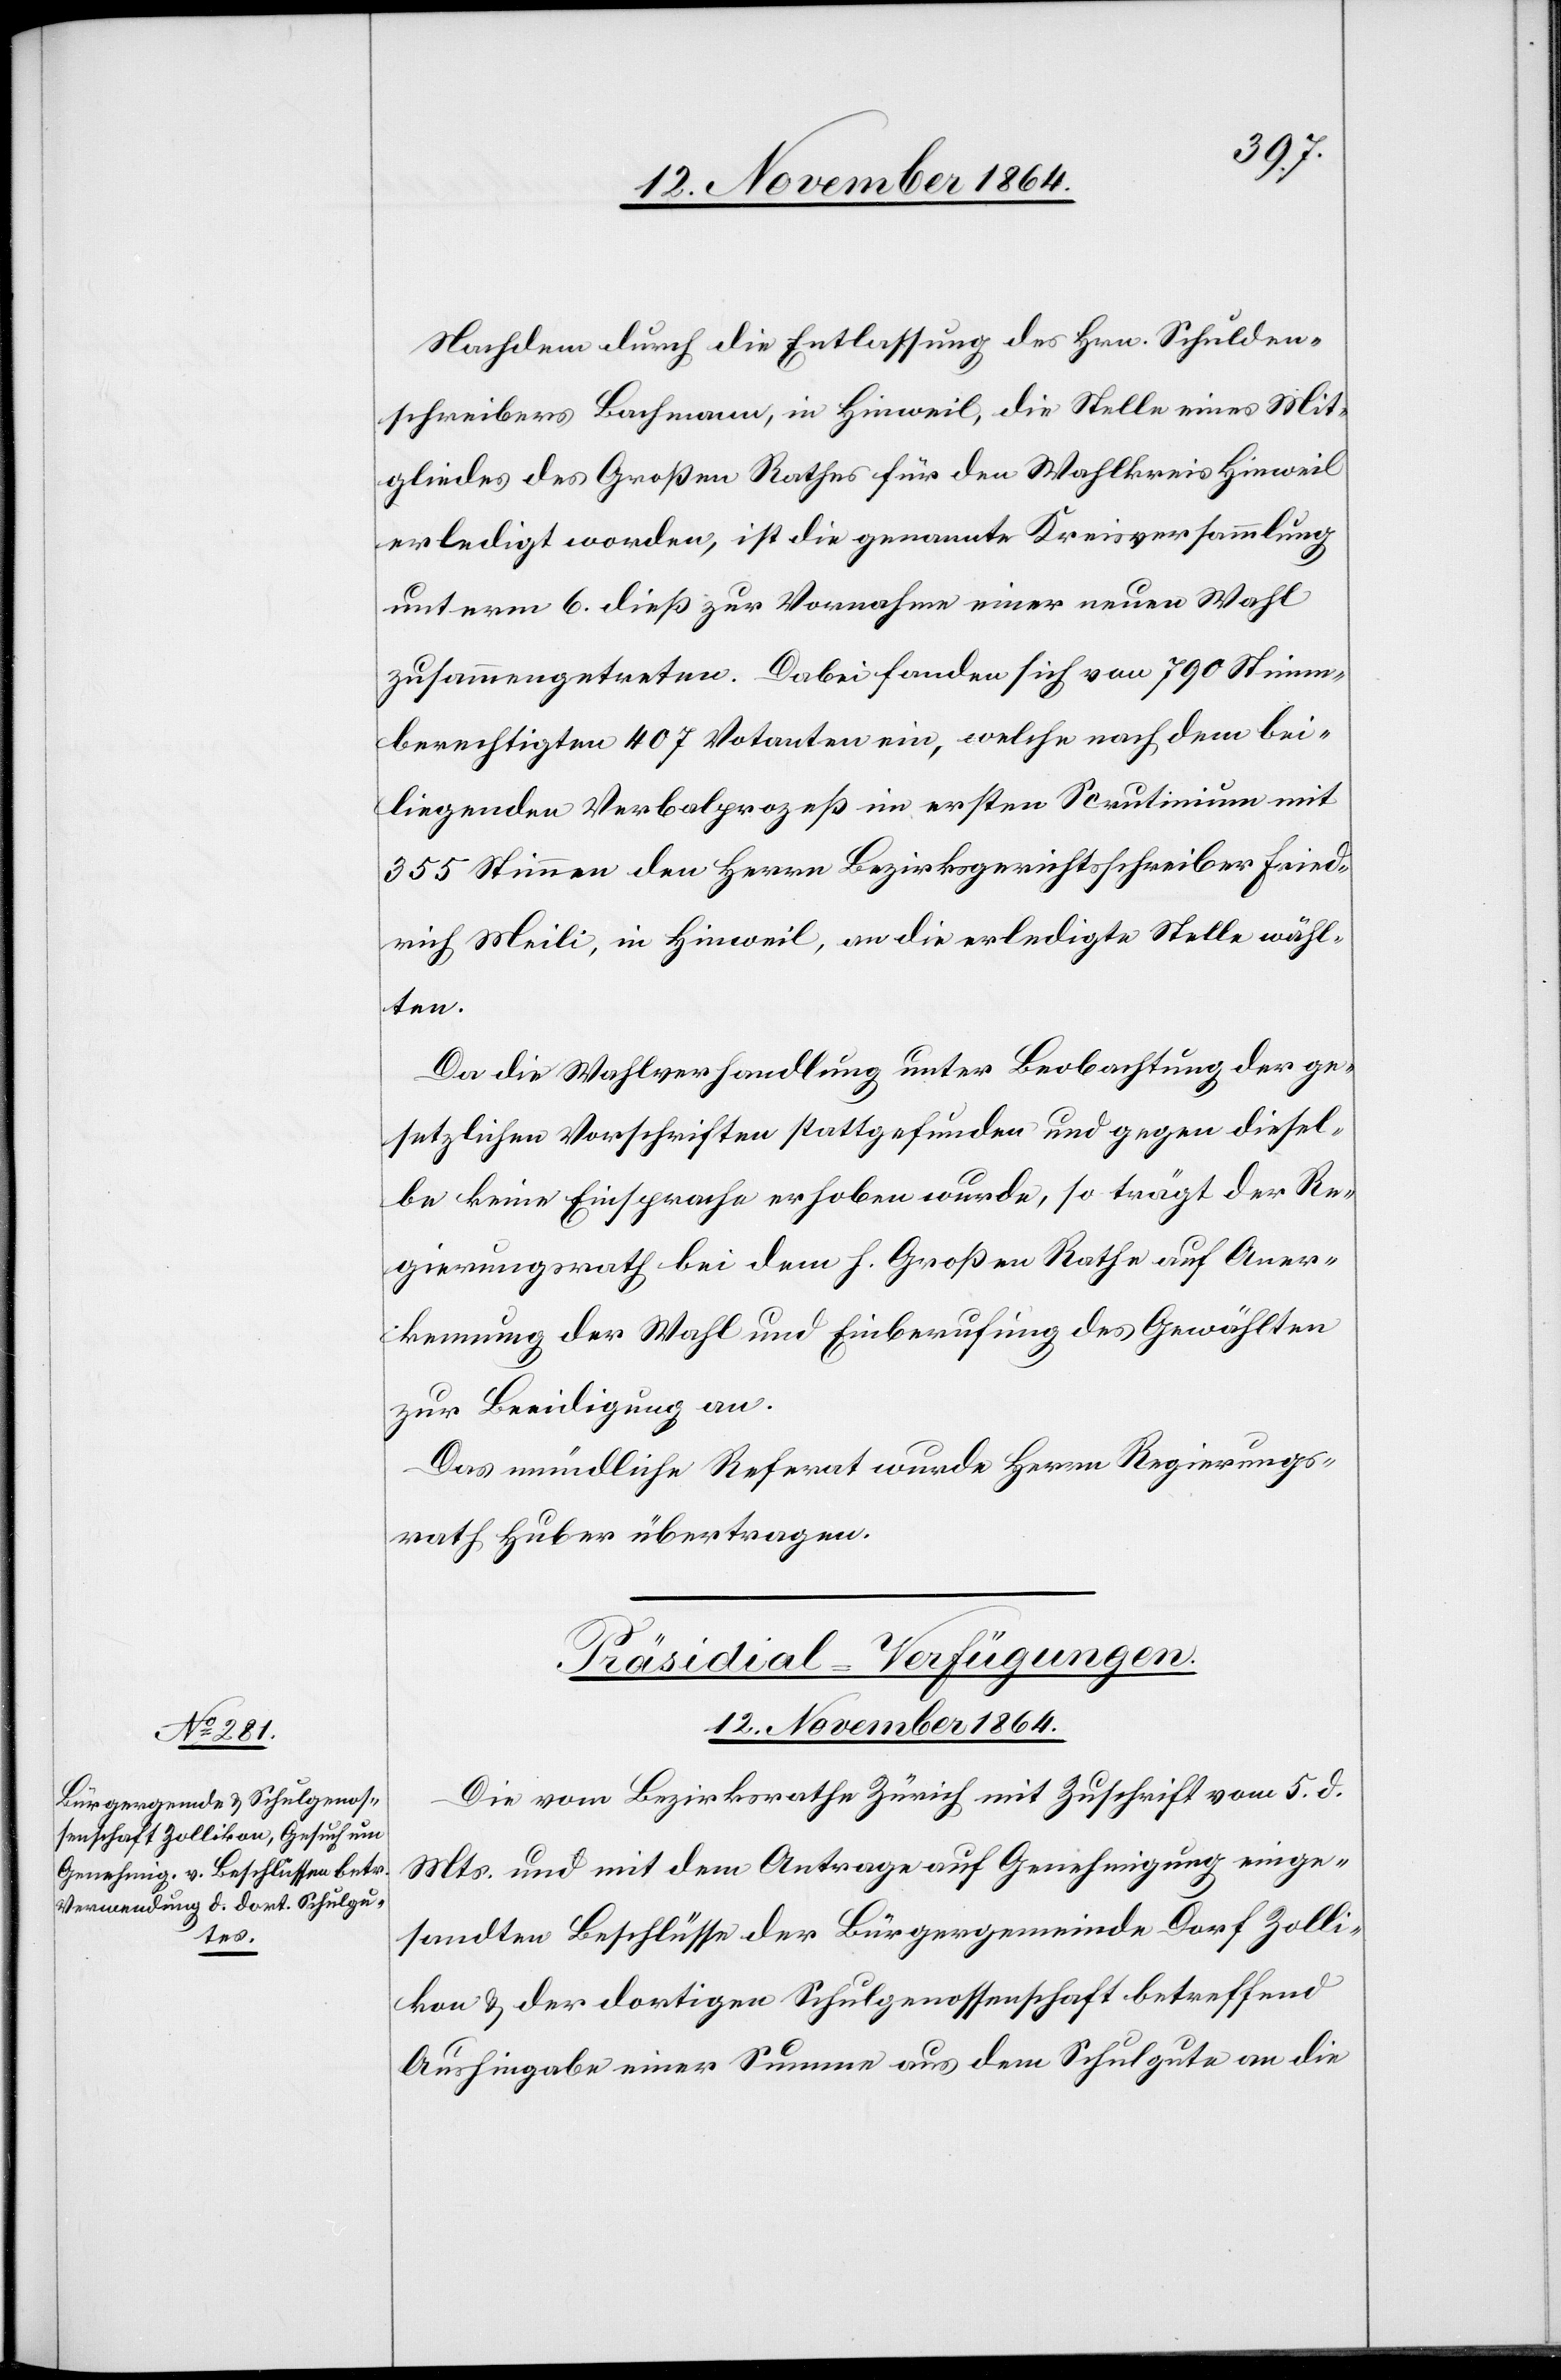
Nachdem durch die Entlassung des Hrn. Schulden¬
schreibers Bachmann, in Hinweil, die Stelle eines Mit¬
gliedes des Großen Rathes für den Wahlkreis Hinweil
erledigt worden, ist die genannte Kreisversammlung
unterm 6. dieß zur Vornahme einer neuen Wahl
zusammengetreten. Dabei fanden sich von 790 Stimm¬
berechtigten 407 Votanten ein, welche nach dem bei¬
liegenden Verbalprozeß im ersten Scrutinium mit
355 Stimmen den Herrn Bezirksgerichtsschreiber Fried¬
rich Meili, in Hinweil, an die erledigte Stelle wähl¬
ten.
Da die Wahlverhandlung unter Beobachtung der ge¬
setzlichen Vorschriften stattgefunden und gegen diesel¬
be keine Einsprache erhoben wurde, so trägt der Re¬
gierungsrath bei dem h. Großen Rathe auf Aner¬
kennung der Wahl und Einberufung des Gewählten
zur Beeidigung an.
Das mündliche Referat wurde Herrn Regierungs¬
rath Huber übertragen.
Präsidial-Verfügungen.
12. November 1864.
Die vom Bezirksrathe Zürich mit Zuschrift vom 5. d.
Mts. und mit dem Antrage auf Genehmigung einge¬
sandten Beschlüsse der Bürgergemeinde Dorf Zolli¬
kon & der dortigen Schulgenossenschaft betreffend
Aushingabe einer Summe aus dem Schulgute an die